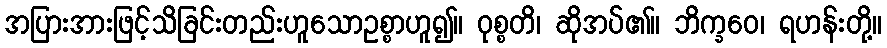
အပြားအားဖြင့်သိခြင်းတည်းဟူသောဥစ္စာဟူ၍။ ဝုစ္စတိ၊ ဆိုအပ်၏။ ဘိက္ခဝေ၊ ရဟန်းတို့။